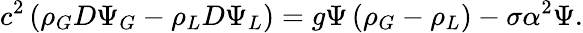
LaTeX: c^{2}\left(\rho_{G}D\Psi_{G}-\rho_{L}D\Psi_{L}\right)=g\Psi\left(\rho_{G}-\rho_{L}\right)-\sigma\alpha^{2}\Psi.